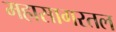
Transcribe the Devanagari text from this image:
महासागरतल